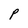
Character: P